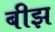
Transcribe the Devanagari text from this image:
बीझ